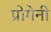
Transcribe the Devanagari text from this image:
प्रोगेनी